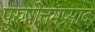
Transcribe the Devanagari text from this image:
पुरुषोत्तमप्रसाद